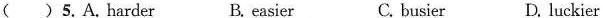
() 5. A. Harder B. easier C. busier D. luckier